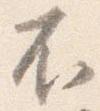
不